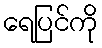
ရေပြင်ကို